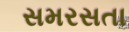
સમરસતા